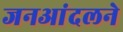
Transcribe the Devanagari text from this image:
जनआंदलने